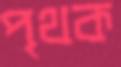
পৃথক